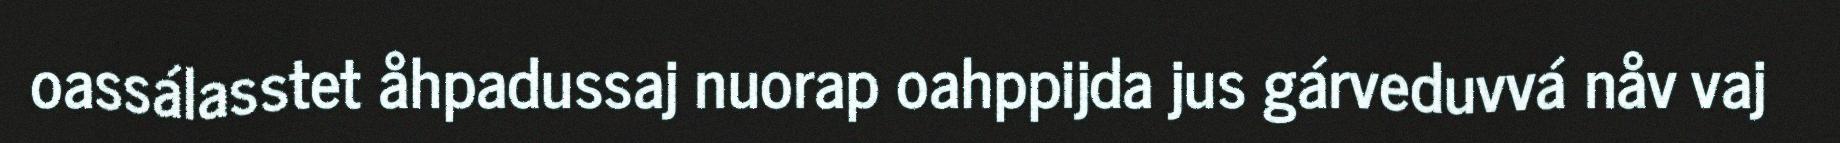
oassálasstet åhpadussaj nuorap oahppijda jus gárveduvvá nåv vaj